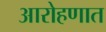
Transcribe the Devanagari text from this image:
आरोहणात